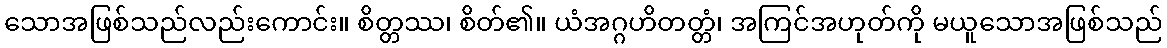
သောအဖြစ်သည်လည်းကောင်း။ စိတ္တဿ၊ စိတ်၏။ ယံအဂ္ဂဟိတတ္တံ၊ အကြင်အဟုတ်ကို မယူသောအဖြစ်သည်